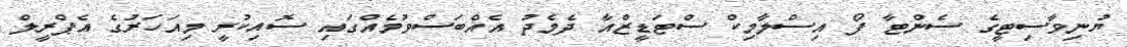
ޔުނިވާސިޓީގެ ސެންޓާ ފޯ އިސްލާމިކް ސްޓަޑީޒްއާ ދެމެދު އެއްބަސްވުމެއްގައި ސޮއިކުރީ މިއަހަރުގެ އެޕްރީލް